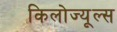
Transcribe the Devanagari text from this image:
किलोज्यूल्स